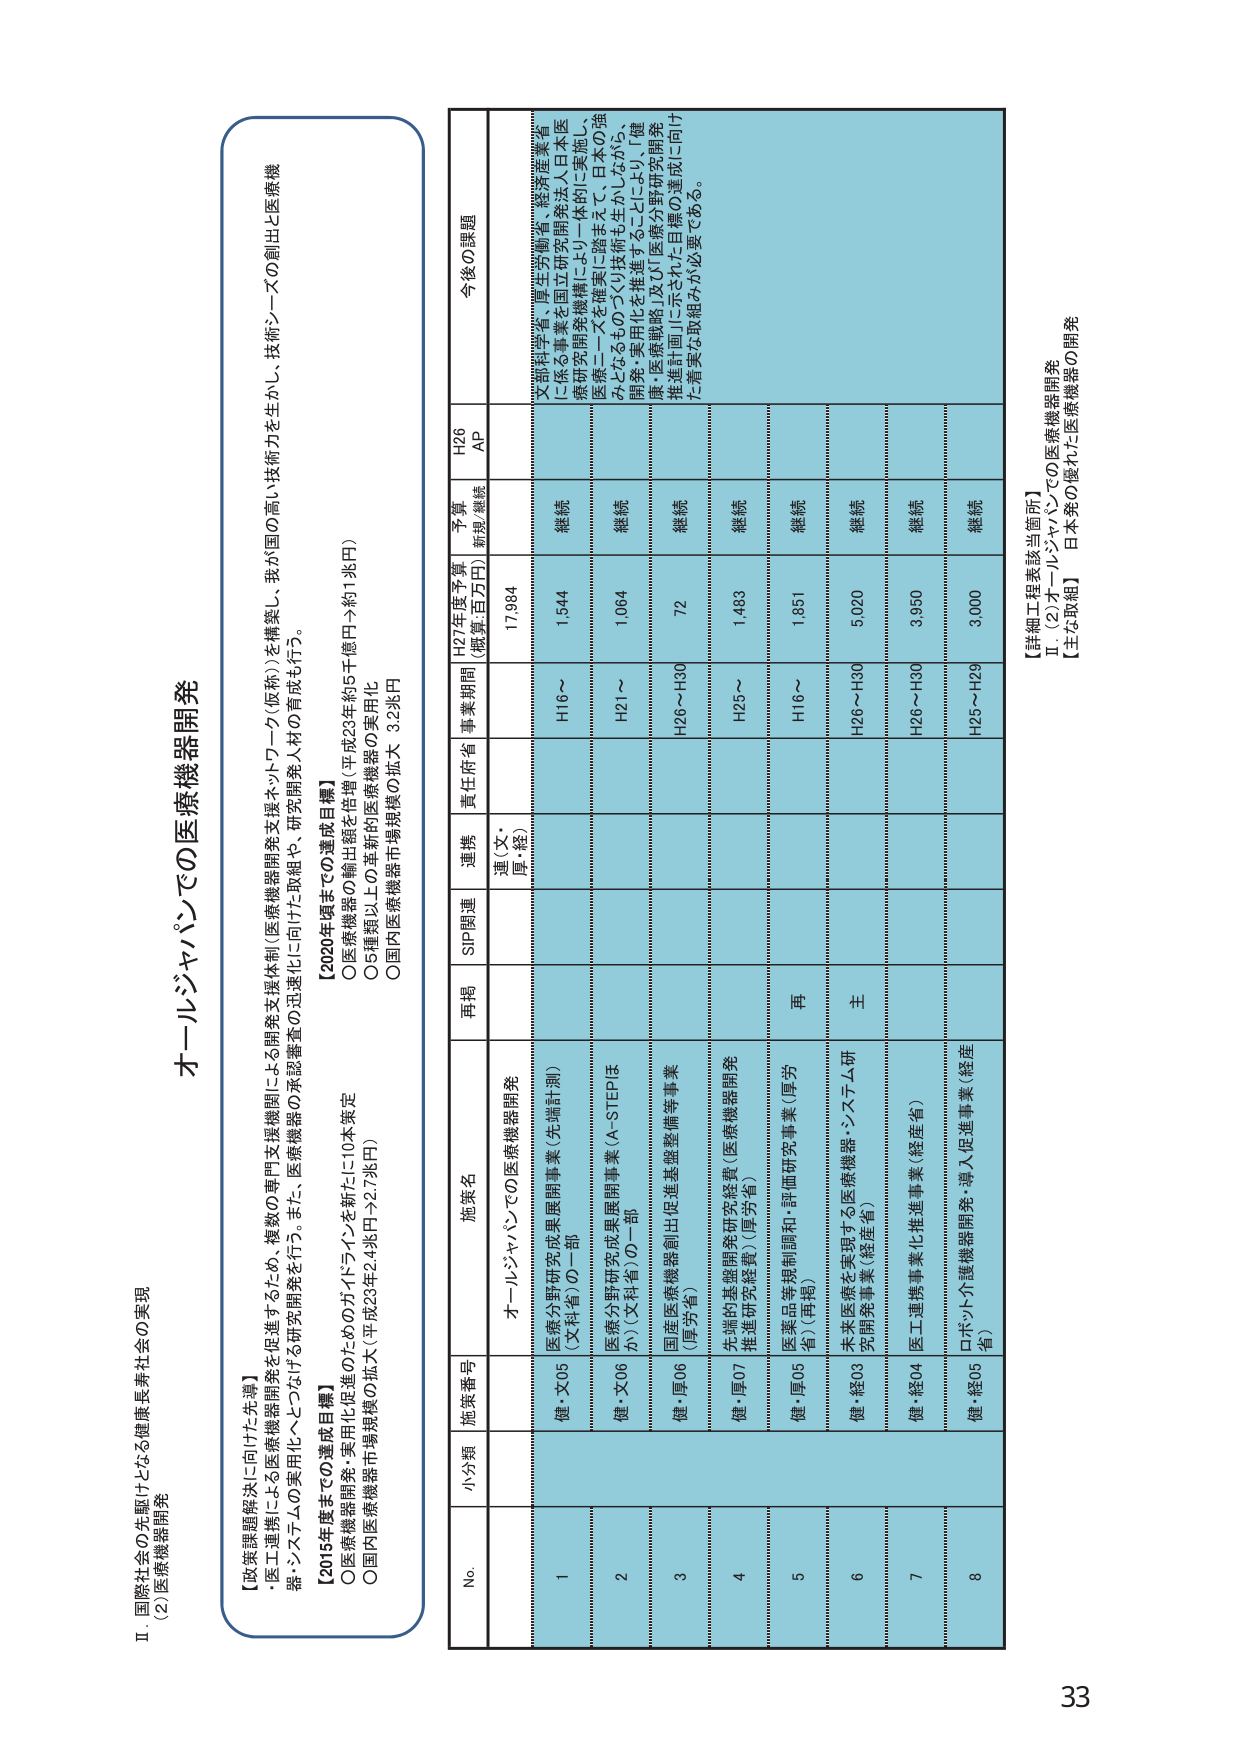
II 国際社会の先駆けとなる健康長寿社会の実現
(2) 医療機器開発

【政策課題解決に向けた先導】
・医工連携による医療機器開発を促進するため、複数の専門支援機関による開発支援体制（医療機器開発支援ネットワーク（仮称））を構築し、我が国の高い技術力を生かし、技術シーズの創出と医療機器・システムの実用化へとつなげる研究開発を行う。また、医療機器の承認審査の迅速化に向けた取組や、研究開発人材の育成も行う。

【2015年度までの達成目標】
〇医療機器開発・実用化促進のためのガイドラインを新たに10本策定
〇国内医療機器市場規模の拡大（平成23年2.4兆円→2.7兆円）

【2020年度までの達成目標】
〇医療機器での輸出額を倍増（平成23年約5千億円→約1兆円）
〇5種類以上の革新的医療機器の実用化
〇国内医療機器市場規模の拡大 3.2兆円

オールジャパンでの医療機器開発

No. 小分類 施策番号 施策名 再掲 SIP関連 連携 責任府省 事業期間 H27年度予算 （概算:百万円） 予算 新規/継続 H26 AP 今後の課題

1 健・文05 医療分野研究成果展開事業（先端計測）（文科省）の一部 オールジャパンでの医療機器開発 連（文・厚・経） H16～ 1,544 継続 文部科学省・厚生労働省・経済産業省に係る事業を国立研究開発法人日本医療研究開発機構により一体的に実施し、医療ニーズを確実に踏まえて、日本の強みとなるものづくり技術を生かしながら、開発・実用化を推進することにより「健康・医療戦略」及び「医療分野研究開発推進計画」に示された目標の達成に向けた着実な取組みが必要である。

2 健・文06 医療分野研究成果展開事業（A-STEPほか）（文科省）の一部 H21～ 1,064 継続

3 健・厚06 国産医療機器創出促進基盤整備等事業（厚労省） H26～H30 72 継続

4 健・厚07 先端的基盤開発研究経費（医療機器開発推進研究経費）（厚労省） H25～ 1,483 継続

5 健・厚05 医薬品等規制調和・評価研究事業（厚労省）（再掲） 再 H16～ 1,851 継続

6 健・経03 未来医療を実現する医療機器・システム研究開発事業（経産省） 主 H26～H30 5,020 継続

7 健・経04 医工連携事業化推進事業（経産省） H26～H30 3,950 継続

8 健・経05 ロボット医療機器開発・導入促進事業（経産省） H25～H29 3,000 継続

【詳細工程表該当箇所】
Ⅱ．(2) オールジャパンでの医療機器開発
【主な取組】 日本発の優れた医療機器の開発

33